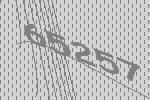
65257